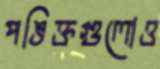
পঙিক্তগুলোও